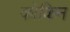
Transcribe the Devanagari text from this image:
कोकिन